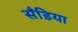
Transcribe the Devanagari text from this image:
सँडिया